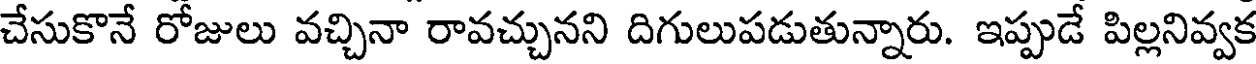
చేసుకొనే రోజులు వచ్చినా రావచ్చునని దిగులుపడుతున్నారు. ఇప్పుడే పిల్లనివ్వక